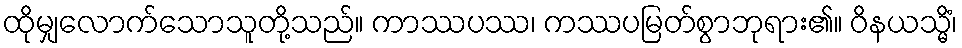
ထိုမျှလောက်သောသူတို့သည်။ ကာဿပဿ၊ ကဿပမြတ်စွာဘုရား၏။ ဝိနယသ္မိံ၊